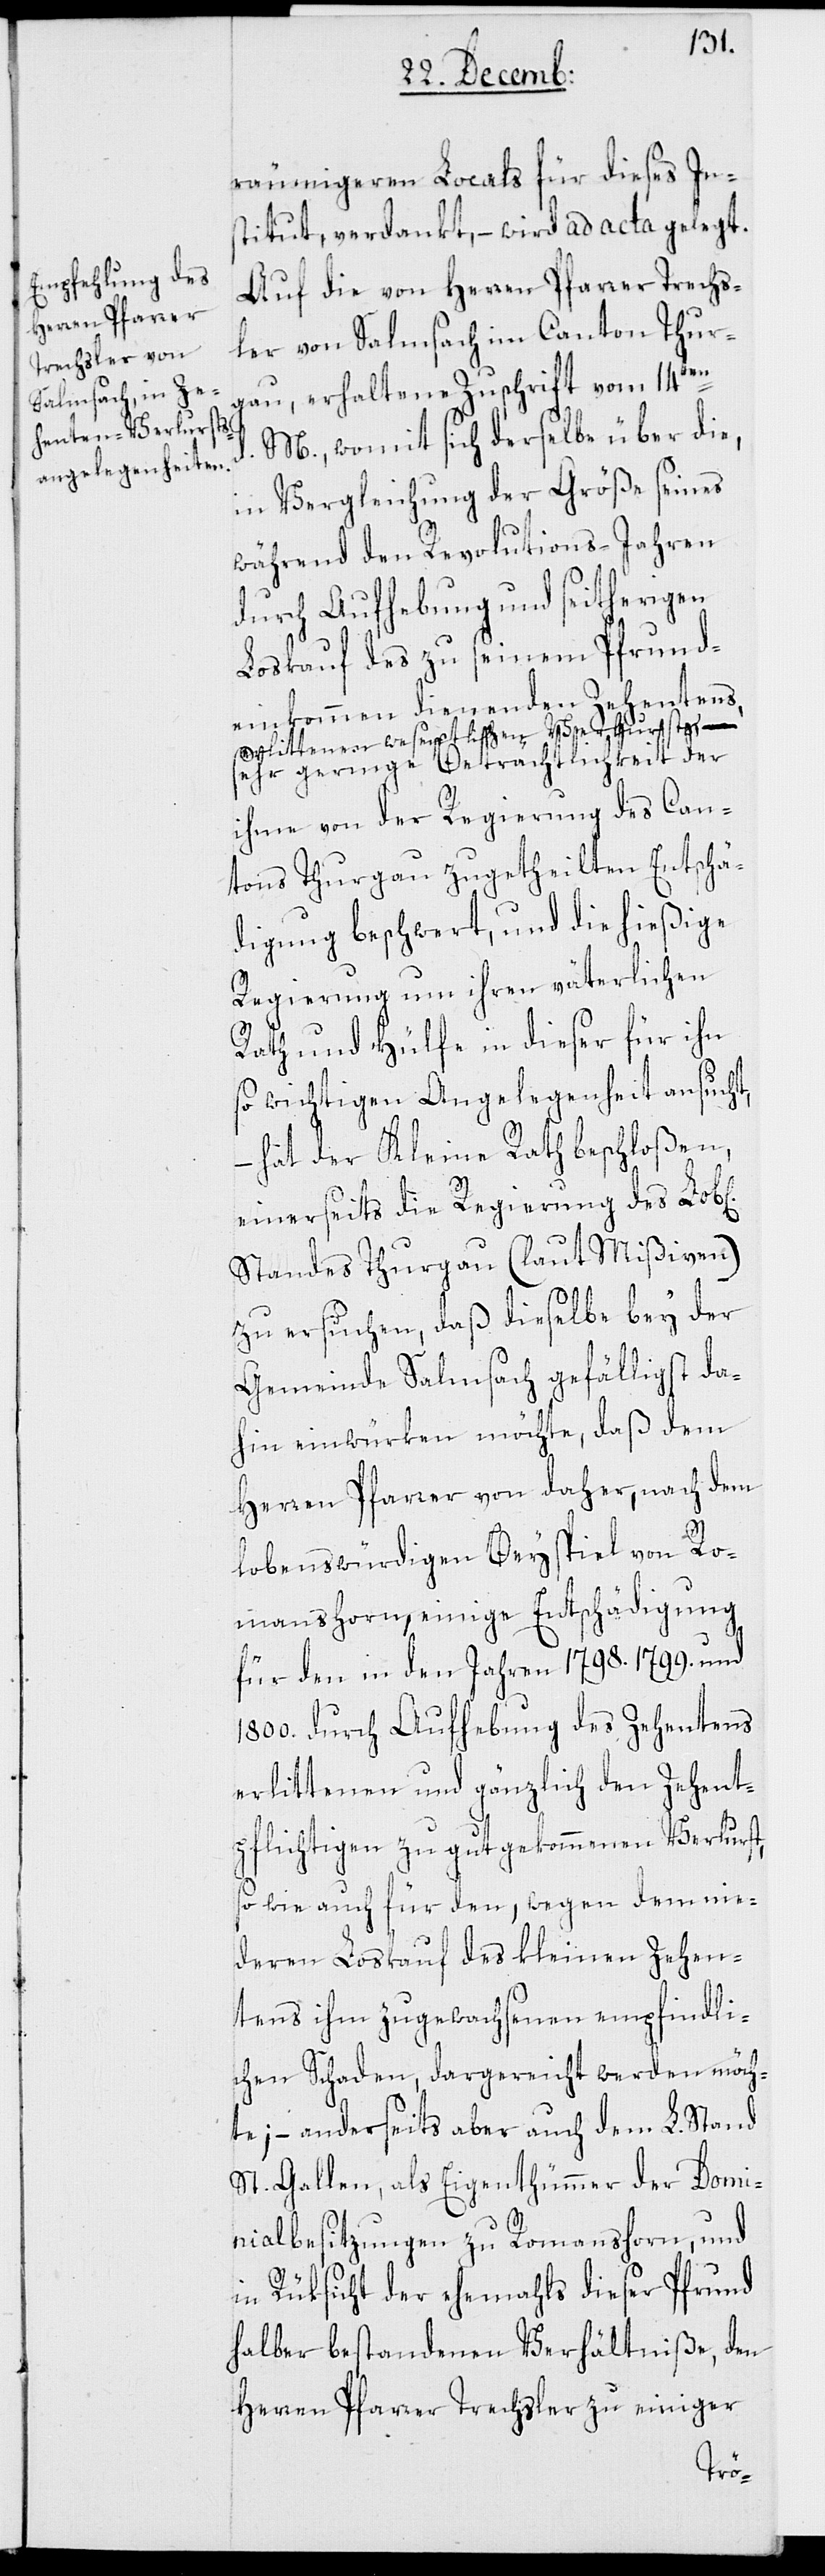
räumigeren Locals für dieses In¬
stitut, verdankt, – wird ad acta gelegt.
Auf die von Herren Pfarrer Trechs¬
ler von Salmsach im Canton Thur¬
gau, erhaltene Zuschrift vom 14ten
M., womit sich derselbe über die,
in Vergleichung der Größe seines
während den Revolutions-Jahren
durch Aufhebung und seitherigen
Loskauf des zu seinem Pfrund¬
einkommen dienenden Zehentens,
erlittener wesentlichen Verlusts, –
sehr geringe Beträchtlichkeit der
ihme von der Regierung des Can¬
tons Thurgau zugetheilten Entschä¬
digung beschwert, und die hießige
Regierung um ihren väterlichen
Rath und Hülfe in dieser für ihn
so wichtigen Angelegenheit ansucht,
– hat der Kleine Rath beschloßen,
einerseits die Regierung des Lob[l¬
Standes Thurgau (laut Mißiven)
zu ersuchen, daß dieselbe bey der
Gemeinde Salmsach gefälligst da¬
hin einwürken möchte, daß dem
Herren Pfarrer von daher, nach dem
lobenswürdigen Beyspiel von Ro¬
manshorn, einige Entschädigung
für den in den Jahren 1798, 1799. und
1800. durch Aufhebung des Zehentens
erlittenen und gänzlich den Zehent¬
pflichtigen zu gut gekommenen Verlust,
sowie auch für den, wegen dem nie¬
deren Loskauf des kleinen Zehen¬
tens ihm zugewachsenen empfindli¬
chen Schaden, dargereicht werden möch¬
te, – anderseits aber auch dem L. Stand
St. Gallen, als Eigenthümer der Domi¬
nialbesitzungen zu Romanshorn, und
in Rüksicht der ehemahls dieser Pfrund
halber bestandenen Verhältniße, den
Herren Pfarrer Trechsler zu einiger
ichen]